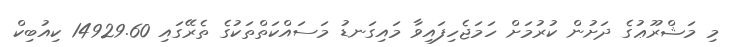
މި މަޝްރޫޢުގެ ދަށުން ކުރުމަށް ހަމަޖެހިފައިވާ މައިގަނޑު މަސައްކަތްތަކުގެ ތެރޭގައި 14929.60 ކިއުބިކް